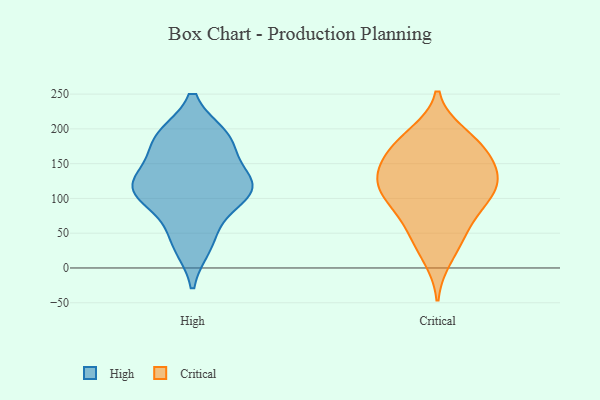
{"axis": {"x": "Bounce Rate (%)", "y": "Value"}, "legend": ["Critical", "High"], "data": [{"x": "", "y": 189, "type": "High"}, {"x": "", "y": 96, "type": "High"}, {"x": "", "y": 120, "type": "High"}, {"x": "", "y": 109, "type": "High"}, {"x": "", "y": 187, "type": "High"}, {"x": "", "y": 110, "type": "High"}, {"x": "", "y": 125, "type": "High"}, {"x": "", "y": 141, "type": "High"}, {"x": "", "y": 34, "type": "High"}, {"x": "", "y": 189, "type": "High"}, {"x": "", "y": 117, "type": "High"}, {"x": "", "y": 117, "type": "High"}, {"x": "", "y": 32, "type": "High"}, {"x": "", "y": 174, "type": "High"}, {"x": "", "y": 187, "type": "High"}, {"x": "", "y": 58, "type": "High"}, {"x": "", "y": 109, "type": "High"}, {"x": "", "y": 105, "type": "Critical"}, {"x": "", "y": 192, "type": "Critical"}, {"x": "", "y": 93, "type": "Critical"}, {"x": "", "y": 187, "type": "Critical"}, {"x": "", "y": 119, "type": "Critical"}, {"x": "", "y": 15, "type": "Critical"}, {"x": "", "y": 47, "type": "Critical"}, {"x": "", "y": 172, "type": "Critical"}, {"x": "", "y": 126, "type": "Critical"}, {"x": "", "y": 172, "type": "Critical"}, {"x": "", "y": 48, "type": "Critical"}, {"x": "", "y": 126, "type": "Critical"}, {"x": "", "y": 150, "type": "Critical"}, {"x": "", "y": 102, "type": "Critical"}, {"x": "", "y": 76, "type": "Critical"}, {"x": "", "y": 131, "type": "Critical"}, {"x": "", "y": 154, "type": "Critical"}]}